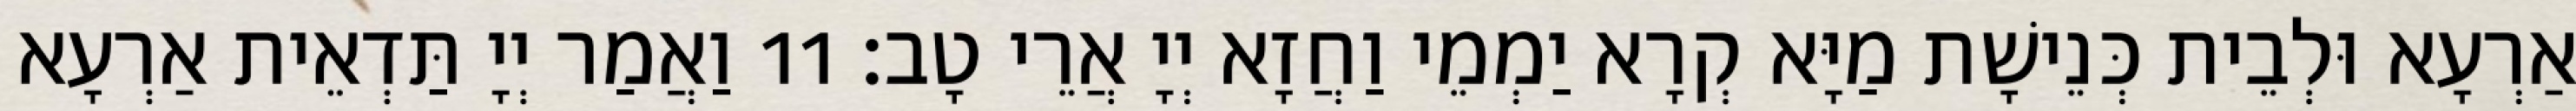
אַרְעָא וּלְבֵית כְּנֵישָׁת מַיָּא קְרָא יַמְמֵי וַחֲזָא יְיָ אֲרֵי טָב׃ 11 וַאֲמַר יְיָ תַּדְאֵית אַרְעָא